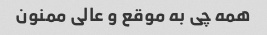
همه چی به موقع و عالی ممنون